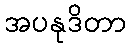
အပနုဒိတာ